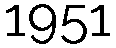
1951